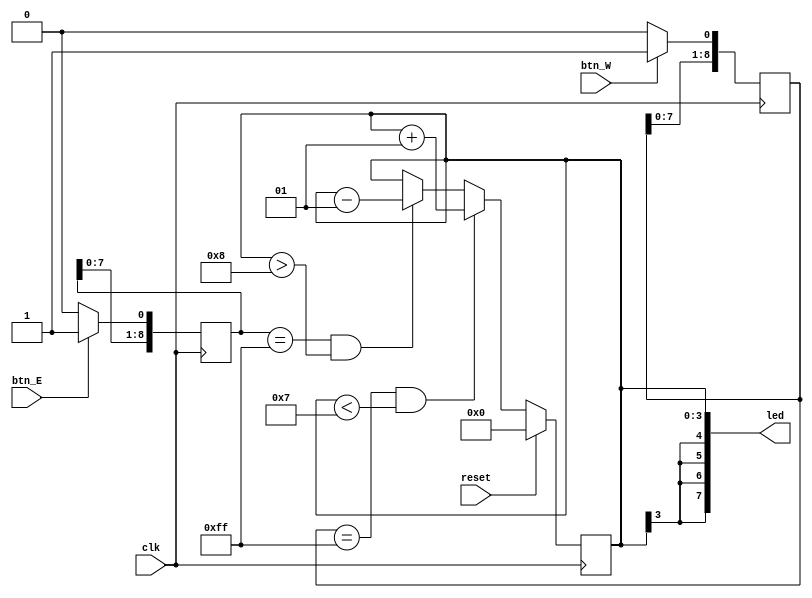
`timescale 1ns / 1ps
//////////////////////////////////////////////////////////////////////////////////
// Company: 
// Engineer: 
// 
// Design Name: 
// Module Name:    lab2 
// Project Name: 
// Target Devices: 
// Tool versions: 
// Description: 
//
// Dependencies: 
//
// Revision: 
// Revision 0.01 - File Created
// Additional Comments: 
//
//////////////////////////////////////////////////////////////////////////////////
module lab2(
    input clk,
    input reset,
    input btn_W,
    input btn_E,
    output [7:0] led
    );
	 reg [8:0] temW;
	 reg [8:0] temE;
	 reg signed[3:0] cnt = 0;
	 

	always @(posedge clk) begin
		if(reset) cnt <= 0;	
		
		else if(temW == 9'b011111111 && cnt < 7) cnt <= cnt+1;
		else if(temE == 9'b011111111 && cnt > -8) cnt <= cnt-1;
		
	end
	
	always @(posedge clk) begin
	
   temW <= temW << 1;
	
   if(btn_W) temW[0] <= 1;
	else temW[0] <= 0;			
	
	end
	
	always @(posedge clk) begin
	
	temE <= temE << 1;
	
	if(btn_E) temE[0] <= 1;
	else temE[0] <= 0;
	
	end
	
	assign led[0] = cnt[0];
	assign led[1] = cnt[1];
	assign led[2] = cnt[2];
	assign led[3] = cnt[3];
	assign led[4] = cnt[3];
	assign led[5] = cnt[3];
	assign led[6] = cnt[3];
	assign led[7] = cnt[3];
	
endmodule